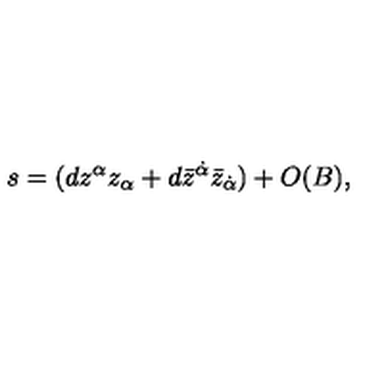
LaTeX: s = ( d z ^ { \alpha } z _ { \alpha } + d \bar { z } ^ { \dot { \alpha } } \bar { z } _ { \dot { \alpha } } ) + O ( B ) ,